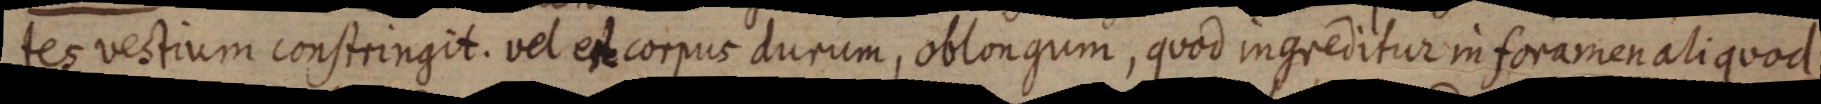
tes vectium constringit. vel et corpus durum, oblongum, quod ingreditur in foramen aliquod